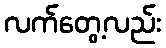
လက်တွေ့လည်း